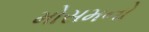
મોસમનો